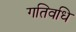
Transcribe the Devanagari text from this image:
गतिवधि